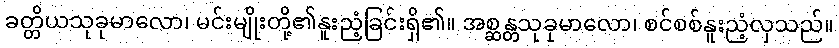
ခတ္တိယသုခုမာလော၊ မင်းမျိုးတို့၏နူးညံ့ခြင်းရှိ၏။ အစ္ဆန္တသုခုမာလော၊ စင်စစ်နူးညံ့လှသည်။